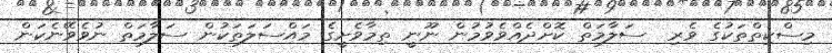
މިސްކިތްތަކުގެ ވެރި  ސަލާމަތް ކޮށްދެއްވެވުމުން ނޫނީ ތިމާވެށީގެ މައްސަލަތަކުން ސަލާމަތް ނުވެވޭނެކަން